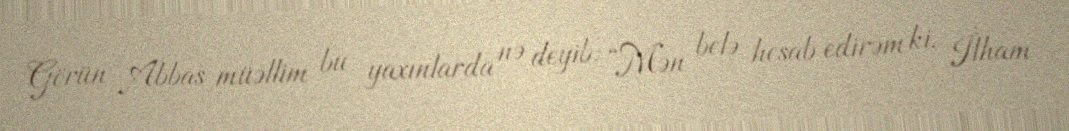
Görün Abbas müəllim bu yaxınlarda nə deyib: “Mən belə hesab edirəm ki, İlham